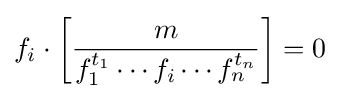
f_{i}\cdot \left[{\frac {m}{f_{1}^{t_{1}}\cdots f_{i}\cdots f_{n}^{t_{n}}}}\right]=0